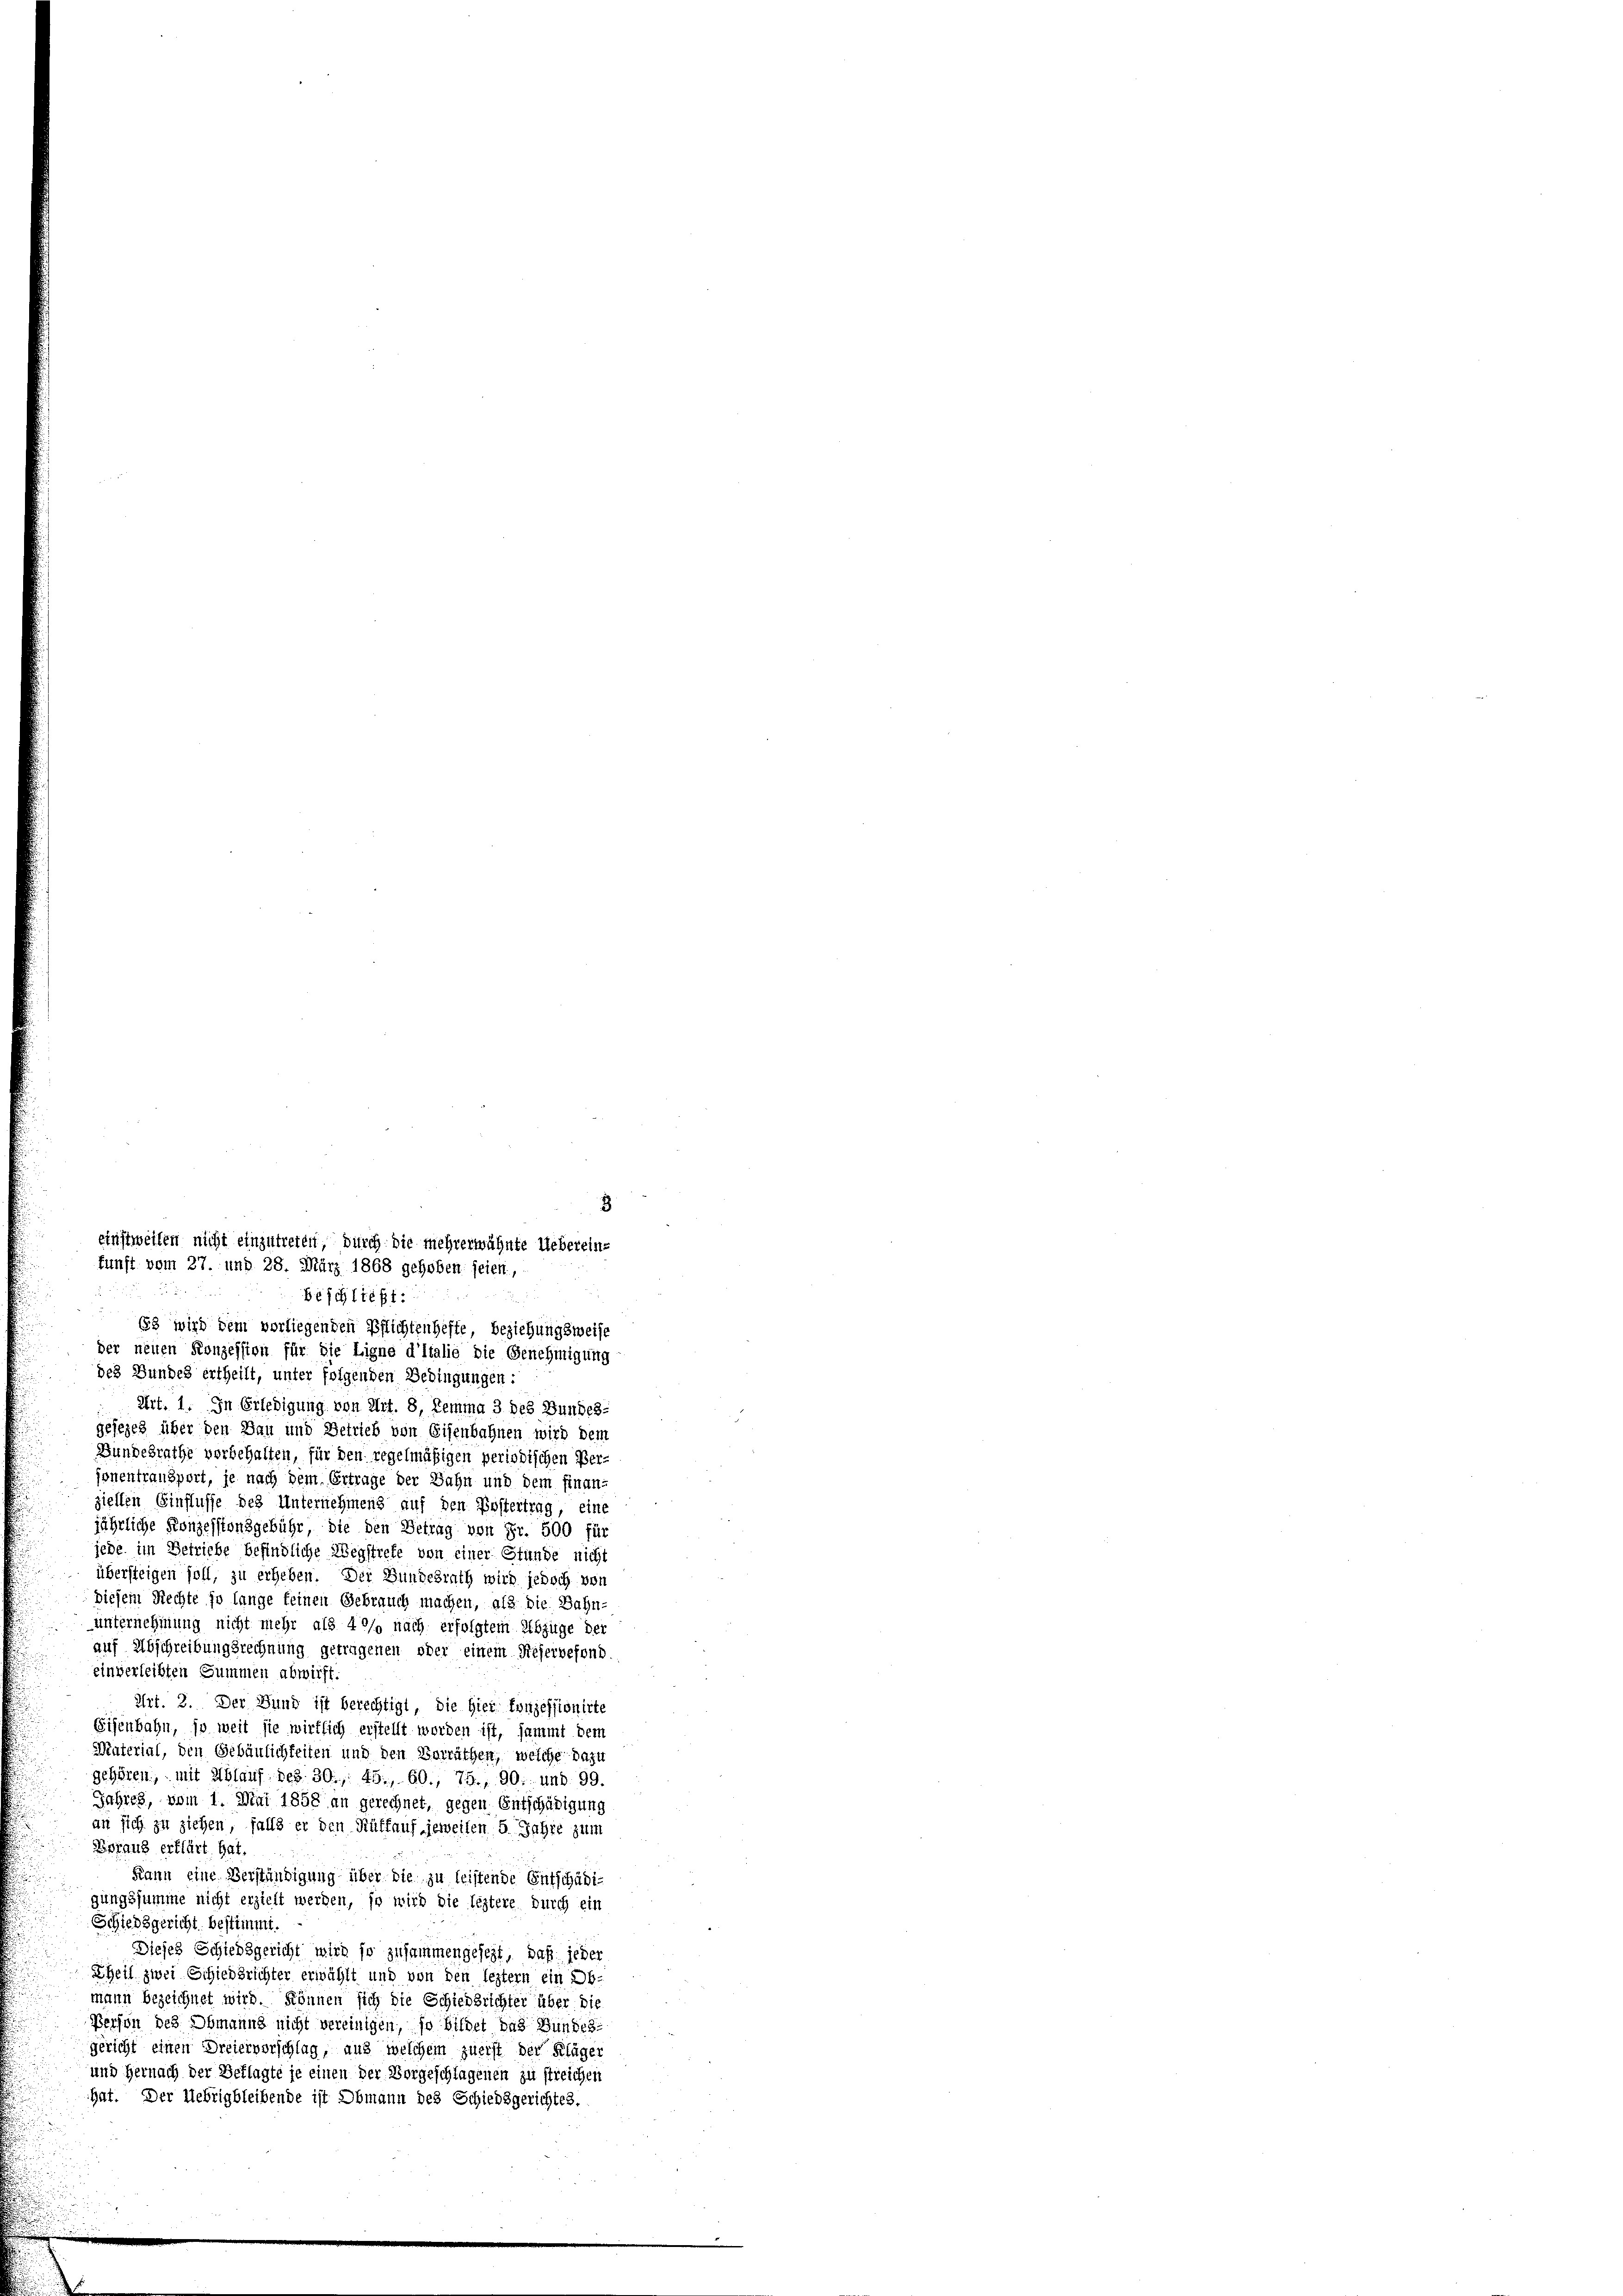
655 wird dem vorliegenden Pflichtenhefte beziehungsweise
der neuen Konzession für die Ligne d’Italie die Genehmigung
des Bundes ertheilt, unter folgenden Bedingungen:
Art. 1. In Erledigung von Art. 8, Temma 3 des Bundes-
gesezes über den Dan und Betrieb von Eisenbahnen wird dem
Gundesrathe vorbehalten, für den regelmäßigen periodischen Verjonentransport, je nach dem Ertrage der Bahn und dem finanziellen Einflüsse des Unternehmens auf den Kostertrag, eine
jährliche Konzessionsgebühr, die den Betrag von Fr. 500 für
jede im Betriebe befindliche Wegstrete von einer Stunde nicht
übersteigen soll, zu erheben. Der Bundesrath wird jedoch von
diesem Rechte so lange feinen Gebrauch machen, als die Bahn-
unternehmung nicht mehr als 40% nach erfolgtem Abzüge der
auf Abschreibungsrechnung getragenen oder einem Reservefond
einverleibten Summen abwirft.
Art. 2. Der Bund ist berechtigt, die Gier konzessionirte
Eisenbahn, so weit sie wirtlich erstellt worden ist, sammt dem
Material, den Gebäulichkeiten und den Vorräthen, welche dazu
gehören, mit Ablauf bes. 30, 45., 60., 75., 90, und 99.
Jahres, vom 1. Mai 1858 an gerechnet, gegen Entschädigung
an sich zu ziehen, falls er den Auffauf jeweilen 5 Jahre zum
Dsrang erklärt hat.
Kann eine Verständigung über die zu leistende Entschädigungssumme nicht erzielt werden, so wird die leztere durch ein
Schiedsgericht bestimmt.
Dieses Schiedsgericht wird so zusammengesezt, daß jeder
Theil zwei Schiedsrichter erwählt und von den leztern ein Ob-
mann bezeichnet wird. Können sich die Schiedsrichter über die
Person des Obmanns nicht vereinigen, so bildet das Bundes
gericht einen Dreiervorschlag, aus welchem zuerst der Kläger
und Hernach der Beklagte je einen der Vorgeschlagenen zu streichen
hat. Der Uebrigbleibende ist Obmann des Schiedsgerichtes.

einstweilen nicht einzutreten, durch die mehrerwähnte Uebereinfunft vom 27. und 28. März 1868 gehoben seien,

beschließt: